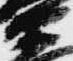
衛